Scottish Leaving Certificate Examination, 1956
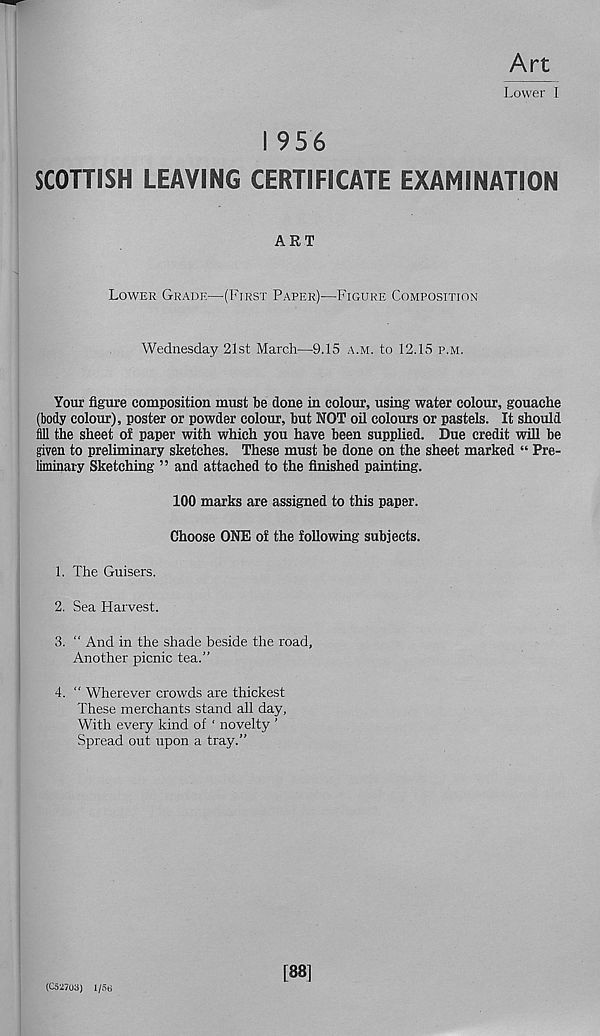
Art
Lower 1
I 956
SCOTTISH LEAVING CERTIFICATE EXAMINATION
ART
Lower Grade—(First Paper)—Figure Composition
Wednesday 21st March—9.15 a.m. to 12.15 p.m.
Your figure composition must be done in colour, using water colour, gouache
(body colour), poster or powder colour, but NOT oil colours or pastels. It should
fill the sheet of paper with which you have been supplied. Due credit will be
given to preliminary sketches. These must be done on the sheet marked “ Pre-
liminary Sketching ” and attached to the finished painting.
100 marks are assigned to this paper.
Choose ONE of the following subjects.
1. The Guisers.
2. Sea Harvest.
3. “ And in the shade beside the road,
Another picnic tea.”
4. “ Wherever crowds are thickest
These merchants stand all day,
With every kind of ‘ novelty ’
Spread out upon a tray.”
(C52703) 1/56
[88]